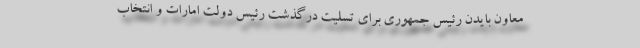
معاون بایدن رئیس جمهوری برای تسلیت درگذشت رئیس دولت امارات و انتخاب